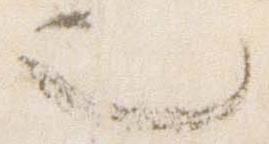
也